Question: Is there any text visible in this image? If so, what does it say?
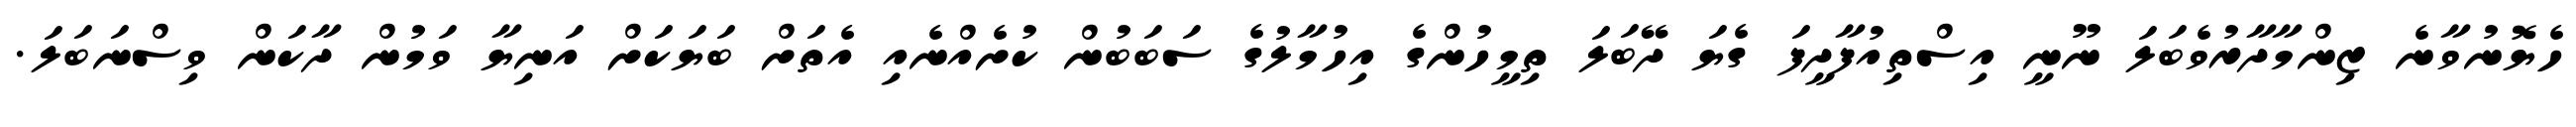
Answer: ހެޔޮނުވާނެ ޒިންމާދާރުވެބަލަ ނޫނީ އިސްތިއުފާދީފަ ގެޔަ ދޭބަލަ ތިމީހުންގެ އިހުމާލުގެ ސަބަބުން ކުށެއްނެއި އެތަށް ބަޔަކަށް އަނިޔާ ވަމުން ދާކަން ވިސްނަބަލަ.